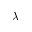
\lambda